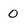
Character: 0